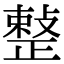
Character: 𢿫